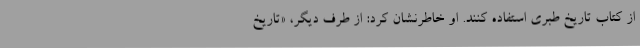
از کتاب تاریخ طبری استفاده کنند. او خاطرنشان کرد: از طرف دیگر، «تاریخ